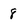
Character: 8